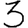
Digit: 3